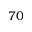
7 0